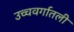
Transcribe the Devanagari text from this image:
उच्चवर्गातली